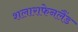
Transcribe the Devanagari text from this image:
शलाराफेनलैंड